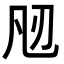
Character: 𭂮